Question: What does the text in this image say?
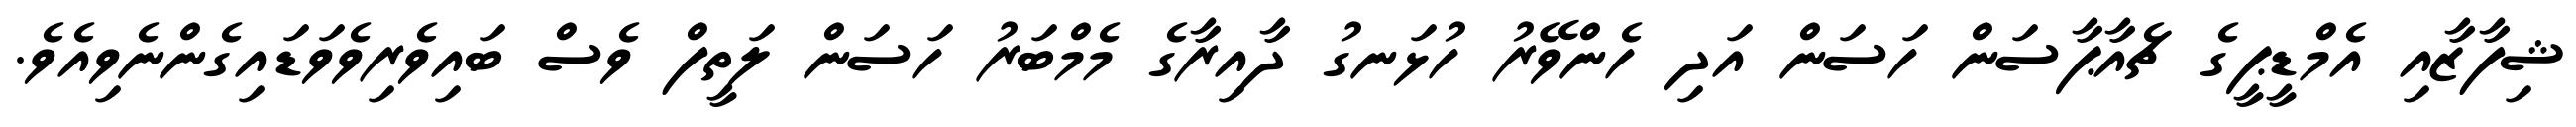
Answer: ޝިފާޒާއި އެމްޑީޕީގެ ޗެއާޕާސަން ހަސަން އަދި ހެންވޭރު ހުޅަނގު ދާއިރާގެ މެމްބަރު ހަސަން ލަތީފް ވެސް ބައިވެރިވެވަޑައިގެންނެވިއެވެ.